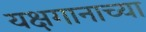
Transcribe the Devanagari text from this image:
यक्षगानाच्या